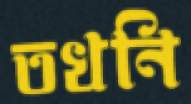
তখনি